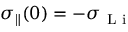
\sigma _ { \parallel } ( 0 ) = - \sigma _ { \mathrm { ~ L ~ i ~ } }